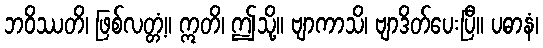
ဘဝိဿတိ၊ ဖြစ်လတ္တံ့။ ဣတိ၊ ဤသို့။ ဗျာကာသိ၊ ဗျာဒိတ်ပေးပြီ။ ပဓာနံ၊